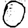
Digit: 0